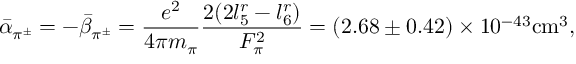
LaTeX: \bar { \alpha } _ { \pi ^ { \pm } } = - \bar { \beta } _ { \pi ^ { \pm } } = \frac { e ^ { 2 } } { 4 \pi { m _ { \pi } } } \frac { 2 ( 2 l _ { 5 } ^ { r } - l _ { 6 } ^ { r } ) } { F _ { \pi } ^ { 2 } } = ( 2 . 6 8 \pm { 0 . 4 2 } ) \times { 1 0 ^ { - 4 3 } } \mathrm { c m } ^ { 3 } ,